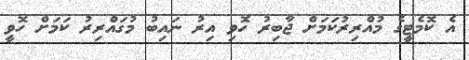
އެ ކޮމެޓީގެ މުއްރިރުކަމަށް ޖާބިރު ހޮވި އިރު ނައިބު މުގައްރިރު ކަމަށް ހޮވީ